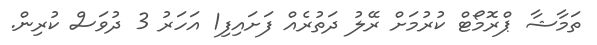
ތަމާޝާ ޕްރޮމޯޓް ކުރުމަށް ރޭލު ދަތުރެއް ފަށައިފި1 އަހަރު 3 ދުވަސް ކުރިން.